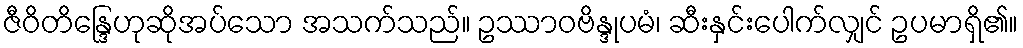
ဇီဝိတိန္ဒြေဟုဆိုအပ်သော အသက်သည်။ ဥဿာဝဗိန္ဒုပမံ၊ ဆီးနှင်းပေါက်လျှင် ဥပမာရှိ၏။